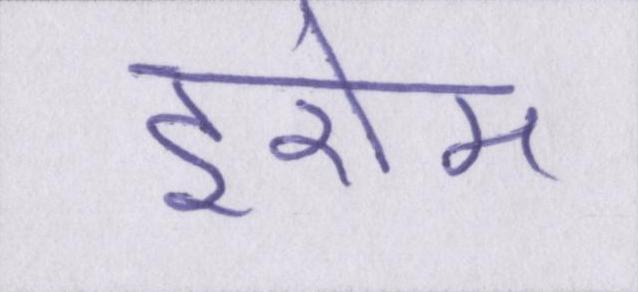
इरोम